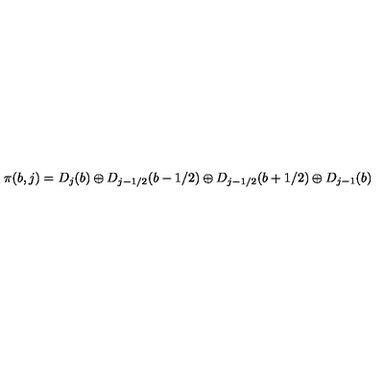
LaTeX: \pi ( b , j ) = D _ { j } ( b ) \oplus D _ { j - 1 / 2 } ( b - 1 / 2 ) \oplus D _ { j - 1 / 2 } ( b + 1 / 2 ) \oplus D _ { j - 1 } ( b )